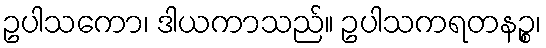
ဥပါသကော၊ ဒါယကာသည်။ ဥပါသကရတနဉ္စ၊